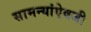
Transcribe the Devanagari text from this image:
सामन्यांऐवजी